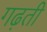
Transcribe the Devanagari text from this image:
गढ़ती